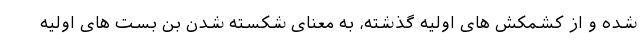
شده و از کشمکش های اولیه گذشته، به معنای شکسته شدن بن بست های اولیه